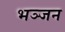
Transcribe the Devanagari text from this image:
भञ्जन